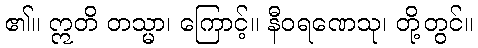
၏။ ဣတိ တသ္မာ၊ ကြောင့်။ နီဝရဏေသု၊ တို့တွင်။